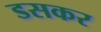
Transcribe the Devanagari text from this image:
डसकर